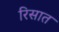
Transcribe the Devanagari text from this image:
रिसात